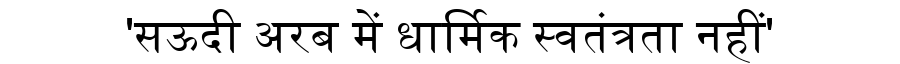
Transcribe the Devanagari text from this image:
'सऊदी अरब में धार्मिक स्वतंत्रता नहीं'